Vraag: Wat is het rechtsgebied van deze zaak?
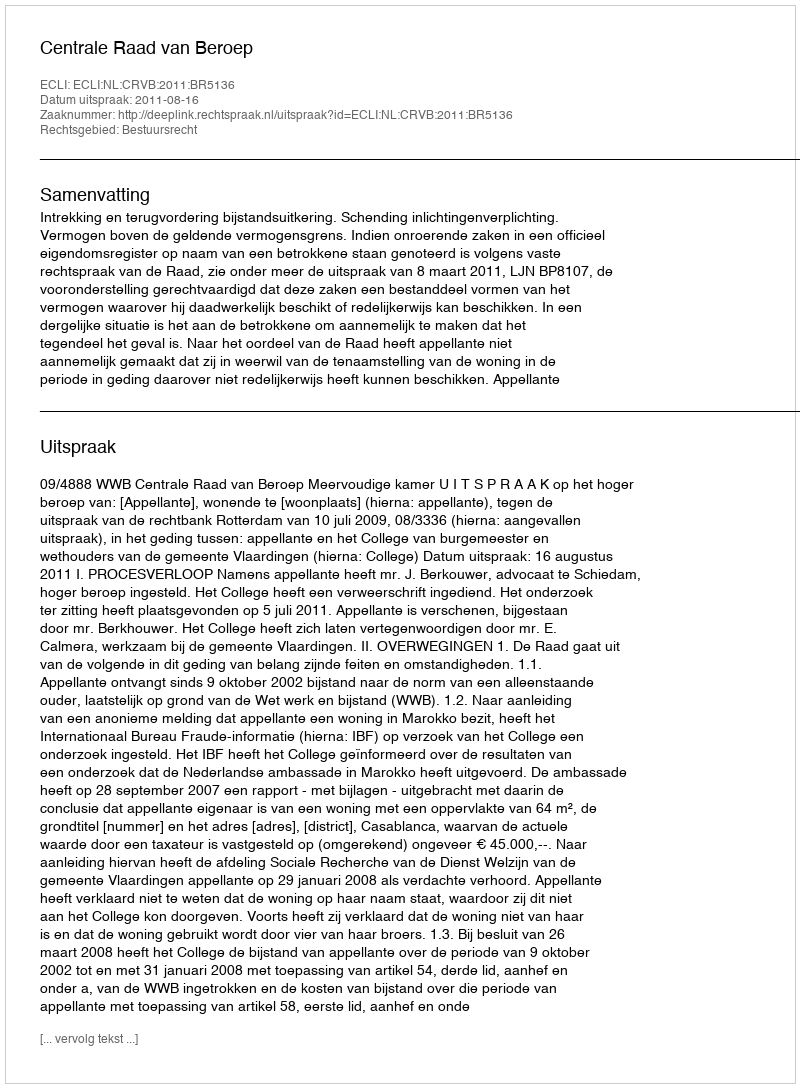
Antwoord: Bestuursrecht